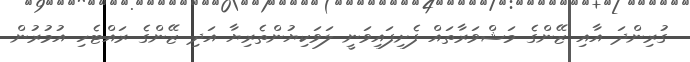
ގުރިންދަ އާއި ޒޭންގެ މަޝްވަރާތައް ފެށިފައިވަނީ ލަވަކިޔުންތެރިޔާ އަދި ޒޭންގެ ރައްޓެހި އުމުރުން